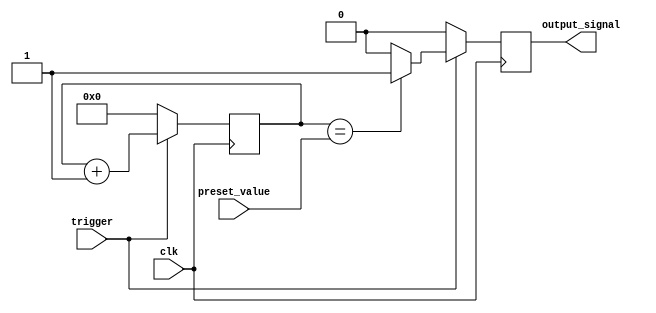
module OneShotTimer (
    input wire trigger,
    input wire [7:0] preset_value,
    input wire clk,
    output reg output_signal
);

reg [7:0] counter;

always @(posedge clk) begin
    if(trigger) begin
        counter <= counter + 1;
        if(counter == preset_value) begin
            output_signal <= 1;
        end else begin
            output_signal <= 0;
        end
    end else begin
        counter <= 0;
        output_signal <= 0;
    end
end

endmodule